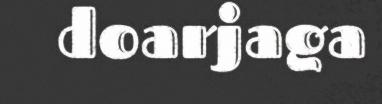
doarjaga